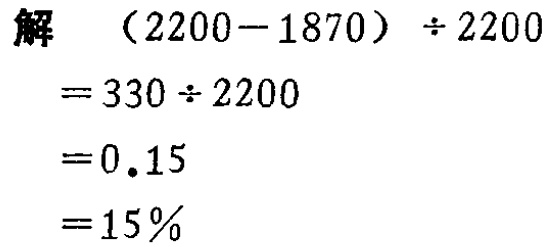
\[

\begin{align*}

&(2200 - 1870)\div2200\\

=&330\div2200\\

=&0.15\\

=&15\%

\end{align*}

\]